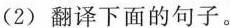
(2)翻译下面的句子。